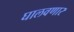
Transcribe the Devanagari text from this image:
घालवणार